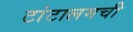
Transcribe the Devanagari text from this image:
टांटालमची